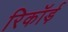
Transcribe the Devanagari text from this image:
रिकॉर्ड़